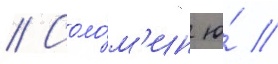
// Соло́м'ин ю́ //